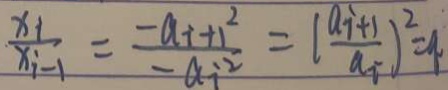
\frac { x _ { i } } { x _ { i - 1 } } = \frac { - a _ { i } + 1 ^ { 2 } } { - a _ { i ^ { 2 } } } = ( \frac { a _ { i + 1 } } { a _ { i } } ) ^ { 2 } = q